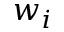
w _ { i }